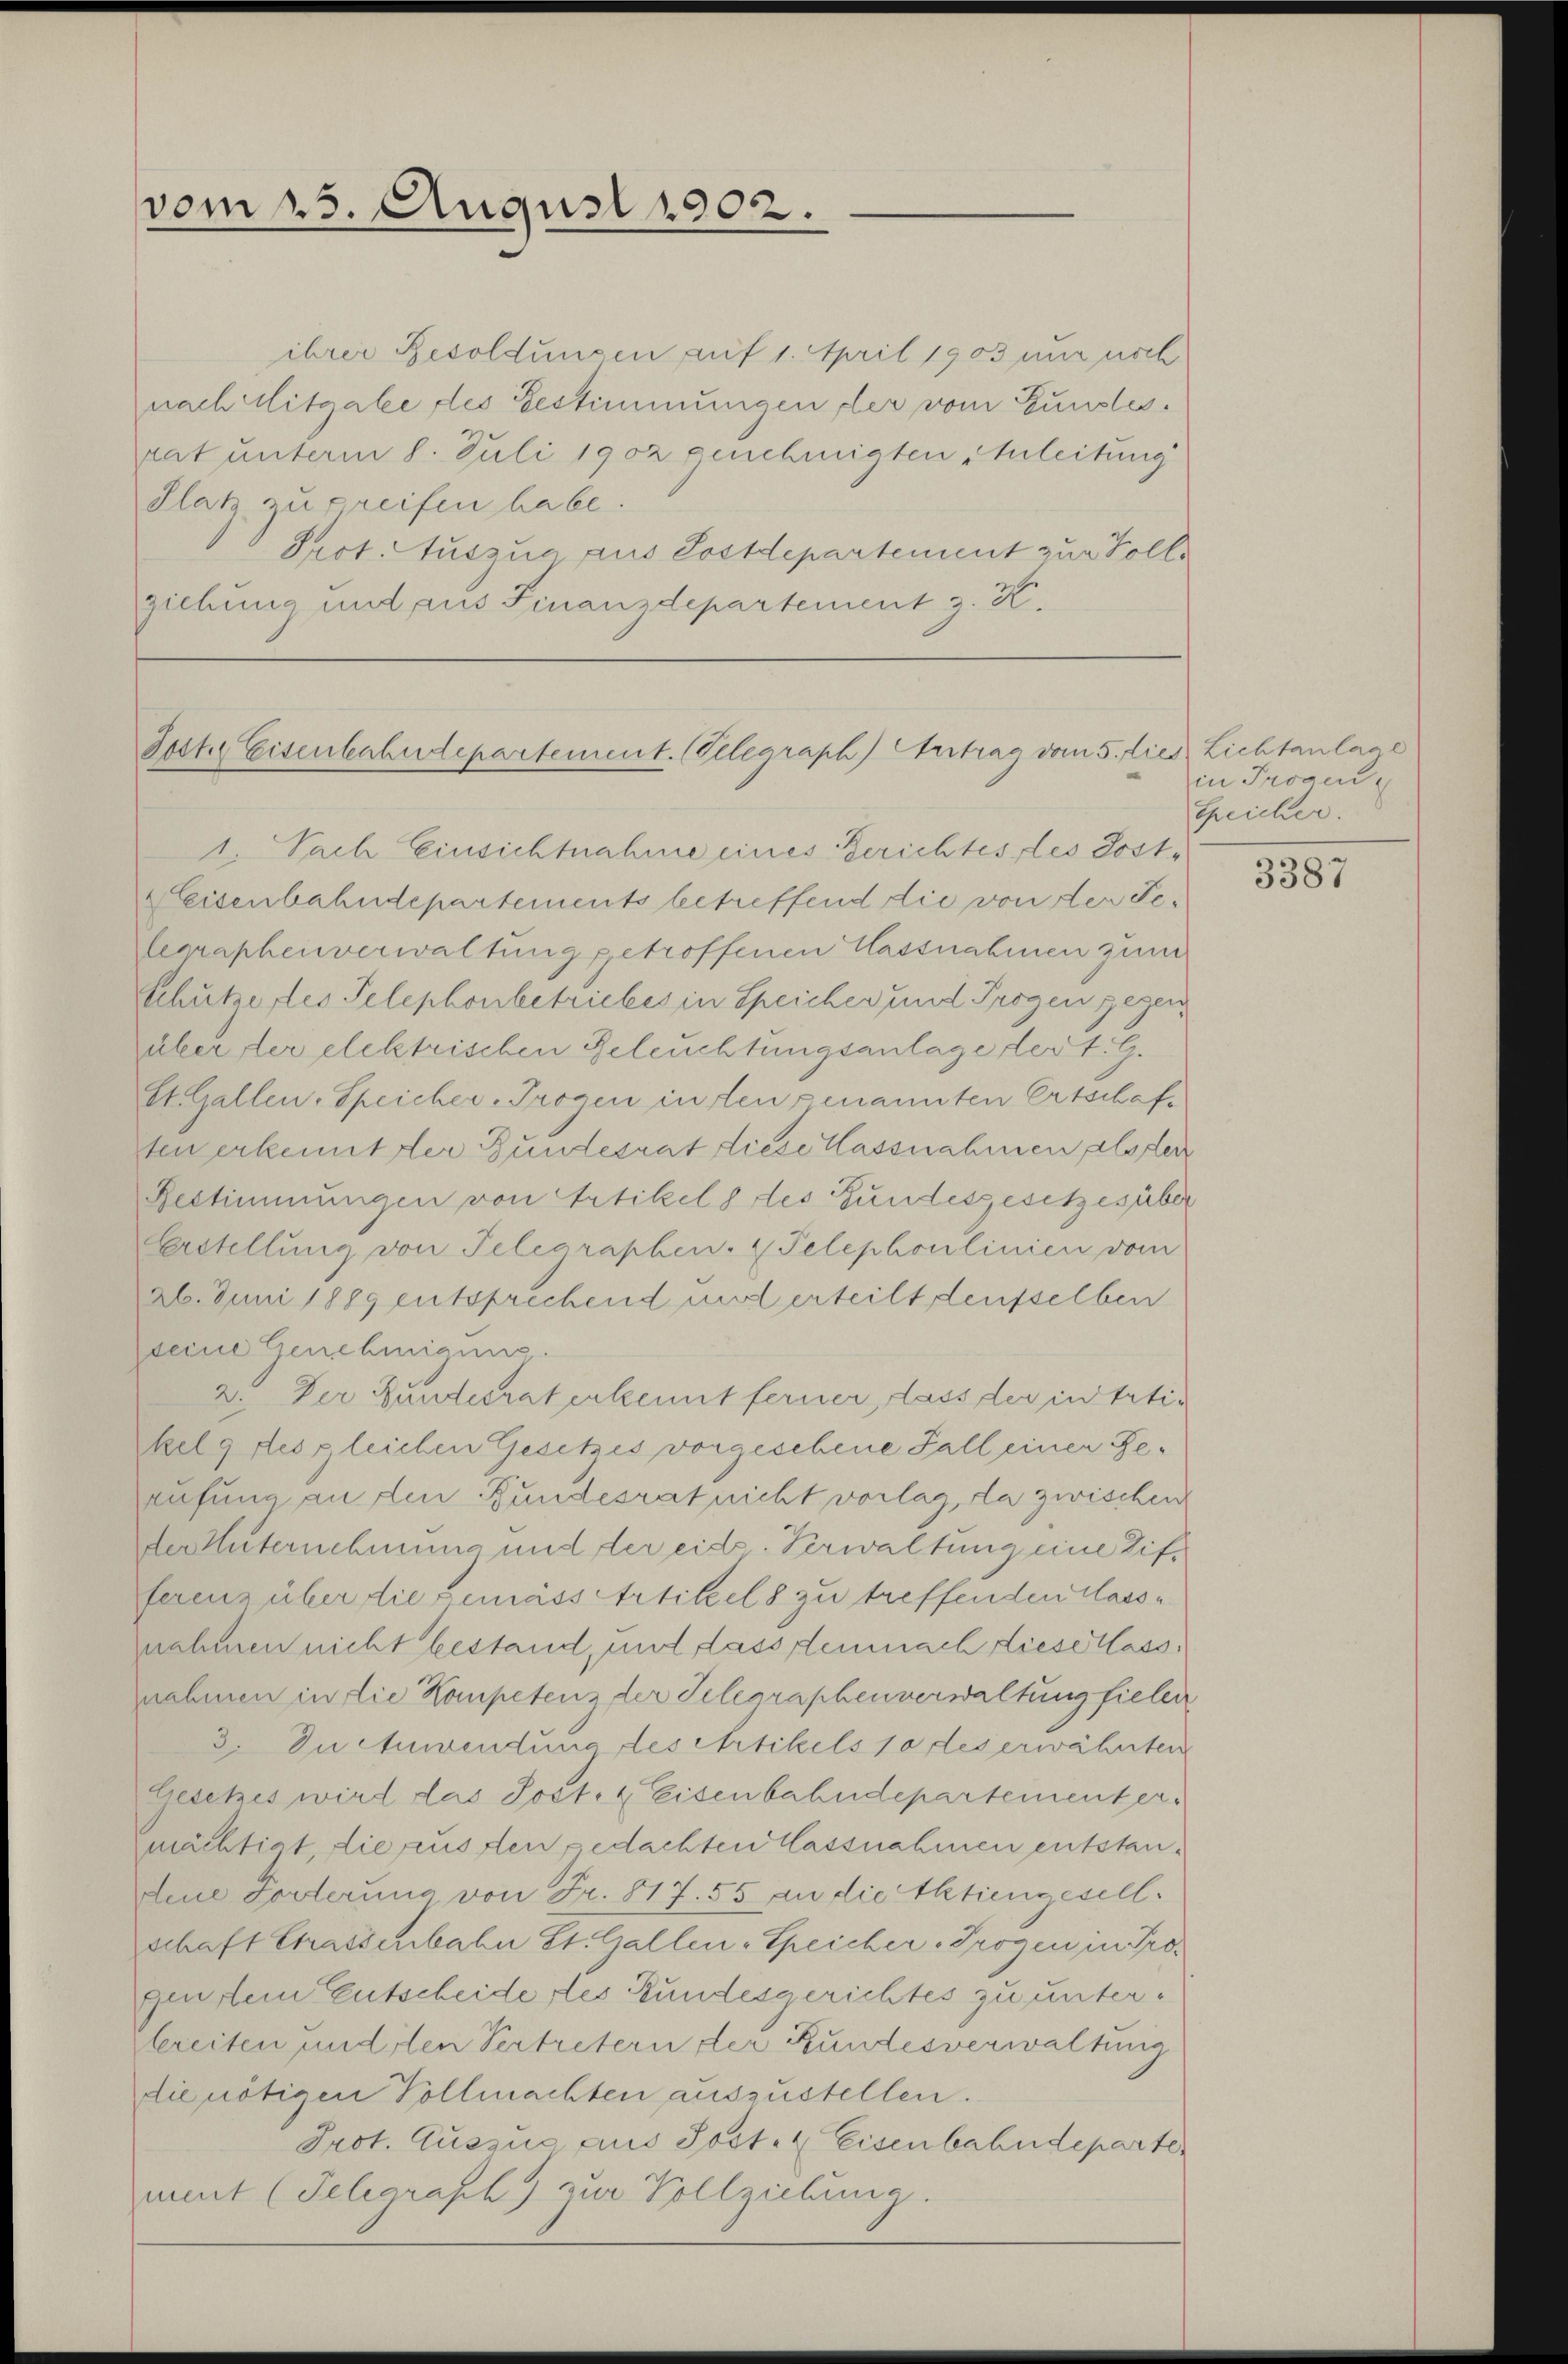
vom 25. August 1902.

ihrer Resoldungen auf 1. April 1903 nur noch
nach Mitgale des Bestimmungen der vom Gunstesrat unterm 8. Juli 1902 genehmigten Anleitung
Platz zu greifen habe.
Prot. Auszua aus Postdepartement zur Volle
ziehung und aus Finanzdepartement z. K.

Jester Eisenbahndepartement. (Velegraph) Vertrag vom 5. dies Lichtanlage

1. Nach Einsichtnahme eines Berichtes des Post¬
EEisenbahndepartements betreffend die von der Felerzaphenverwaltung getroffenen Massnahmen zum
Schutzertes Telephonbetriebes in Speicher und Progen gegen
über der elektrischen Beleuchtungsanlage der t. G.
St. Gallen, Speicher-Trogen in den genannten Ertschaf-
ten erkennt der Bundesrat diese Hassnahmen als der
Bestimmungen von Artikel 8 des Gundesgesetzesüber
Erstellung von Telegraphen- & Pelephonlinien vom
26. Juni 1889 entsprechend mit erteilt deusselben
seine Genehmigung.
2. Der Bundesrat erkennt ferner, dass der in tatikelg des gleichen Gesetzes vorgeschene Fall einer Gerufung an den Bundesrat nicht vorlas da zwischen
der Unternehmung und der eid. Verwaltung eine Differenz über die gemäss Artikels zu treffenden Massnahmen nicht bestand, und dass demnach diese Wassnahmen in die Kompetenz der Telegraphenverwaltung fielen
3. In Anwendung des Artikels 10 des erwähnten
Gesetzes wird das Post- & Eisenbahndepartementermächtigt, die aus den gedachten Massnahmen entstandene Forderung von Fr. 817. 55 an die Aktiengesellschaft Chaisenbahn St. Gallen-Speicher-Trogen in Pro-
gen dein Entscheide des Bundesgerichtes zu unterbreiten undsten Vertretern der Bundesverwaltung
die nötigen Vollmachten auszustellen.
Prot. Auszug aus Post- & Eisenbahndeparte
ment (Telegrasch zur Vollziehung.

in Trogen
Speicher.

3387